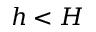
h < H